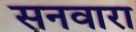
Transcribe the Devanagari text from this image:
सनवारा